38_143685_box_Incident_Summaries_173-233
Agency: Department of War
Page 45
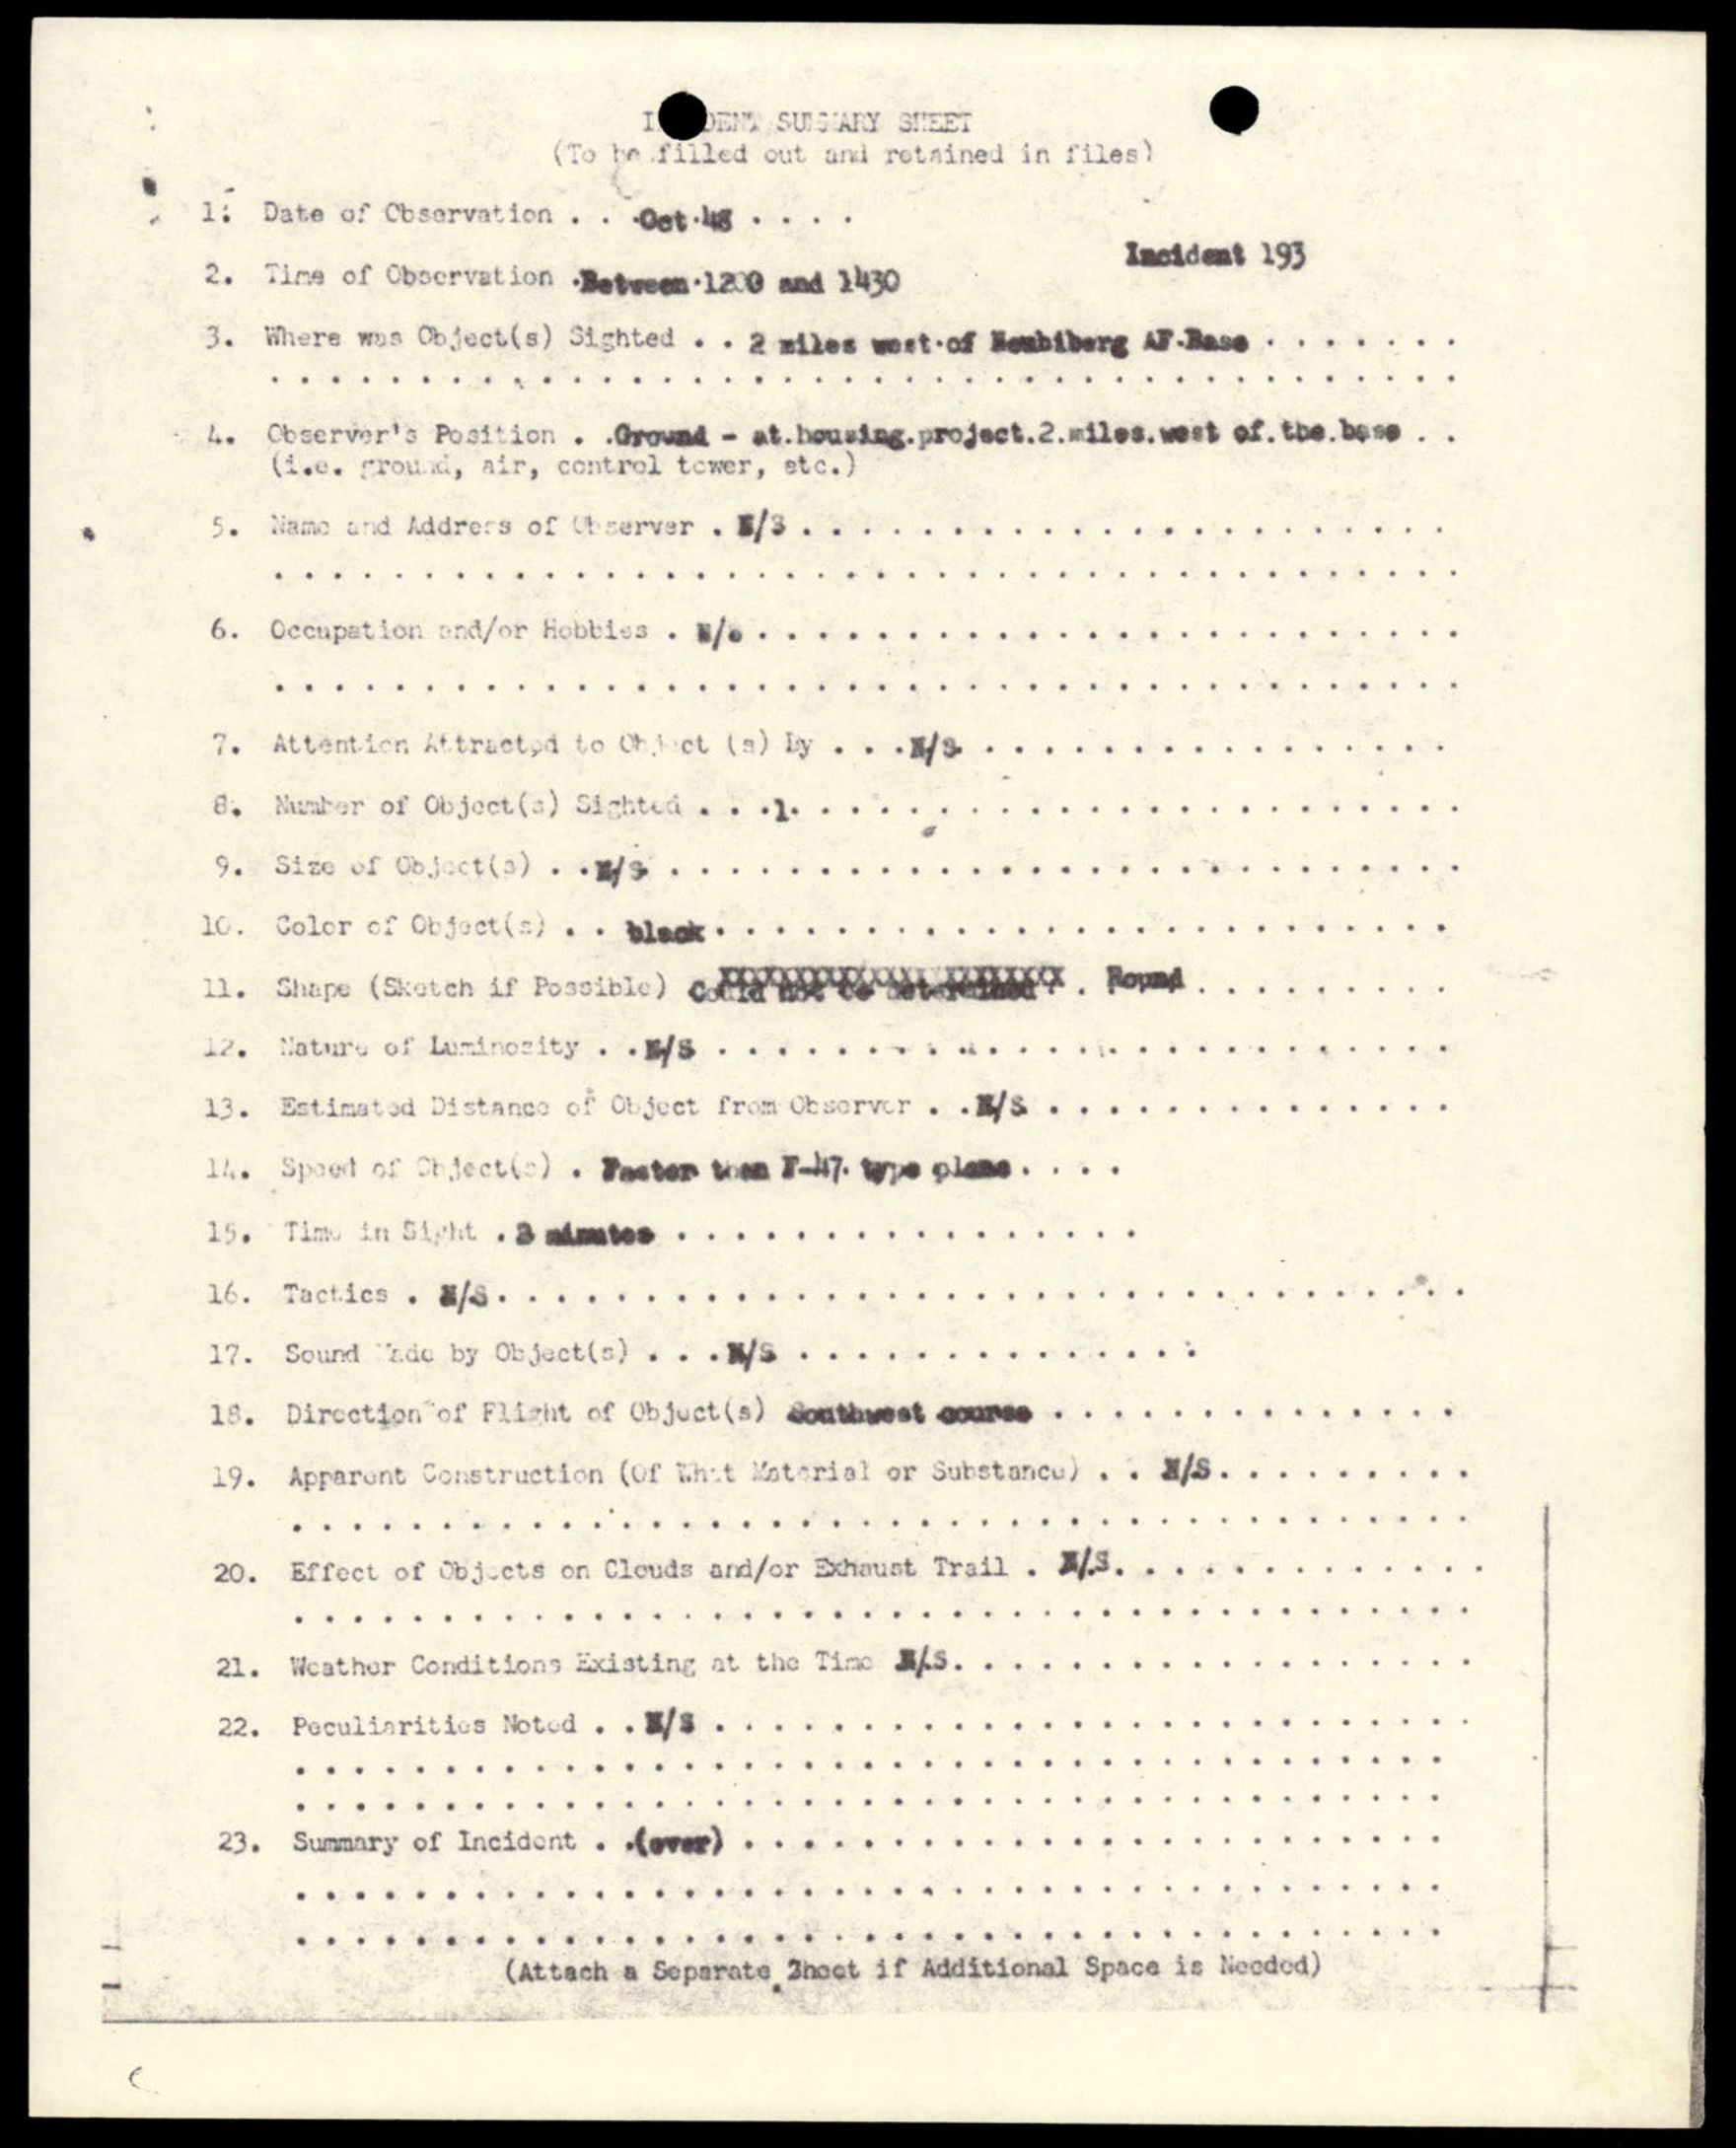